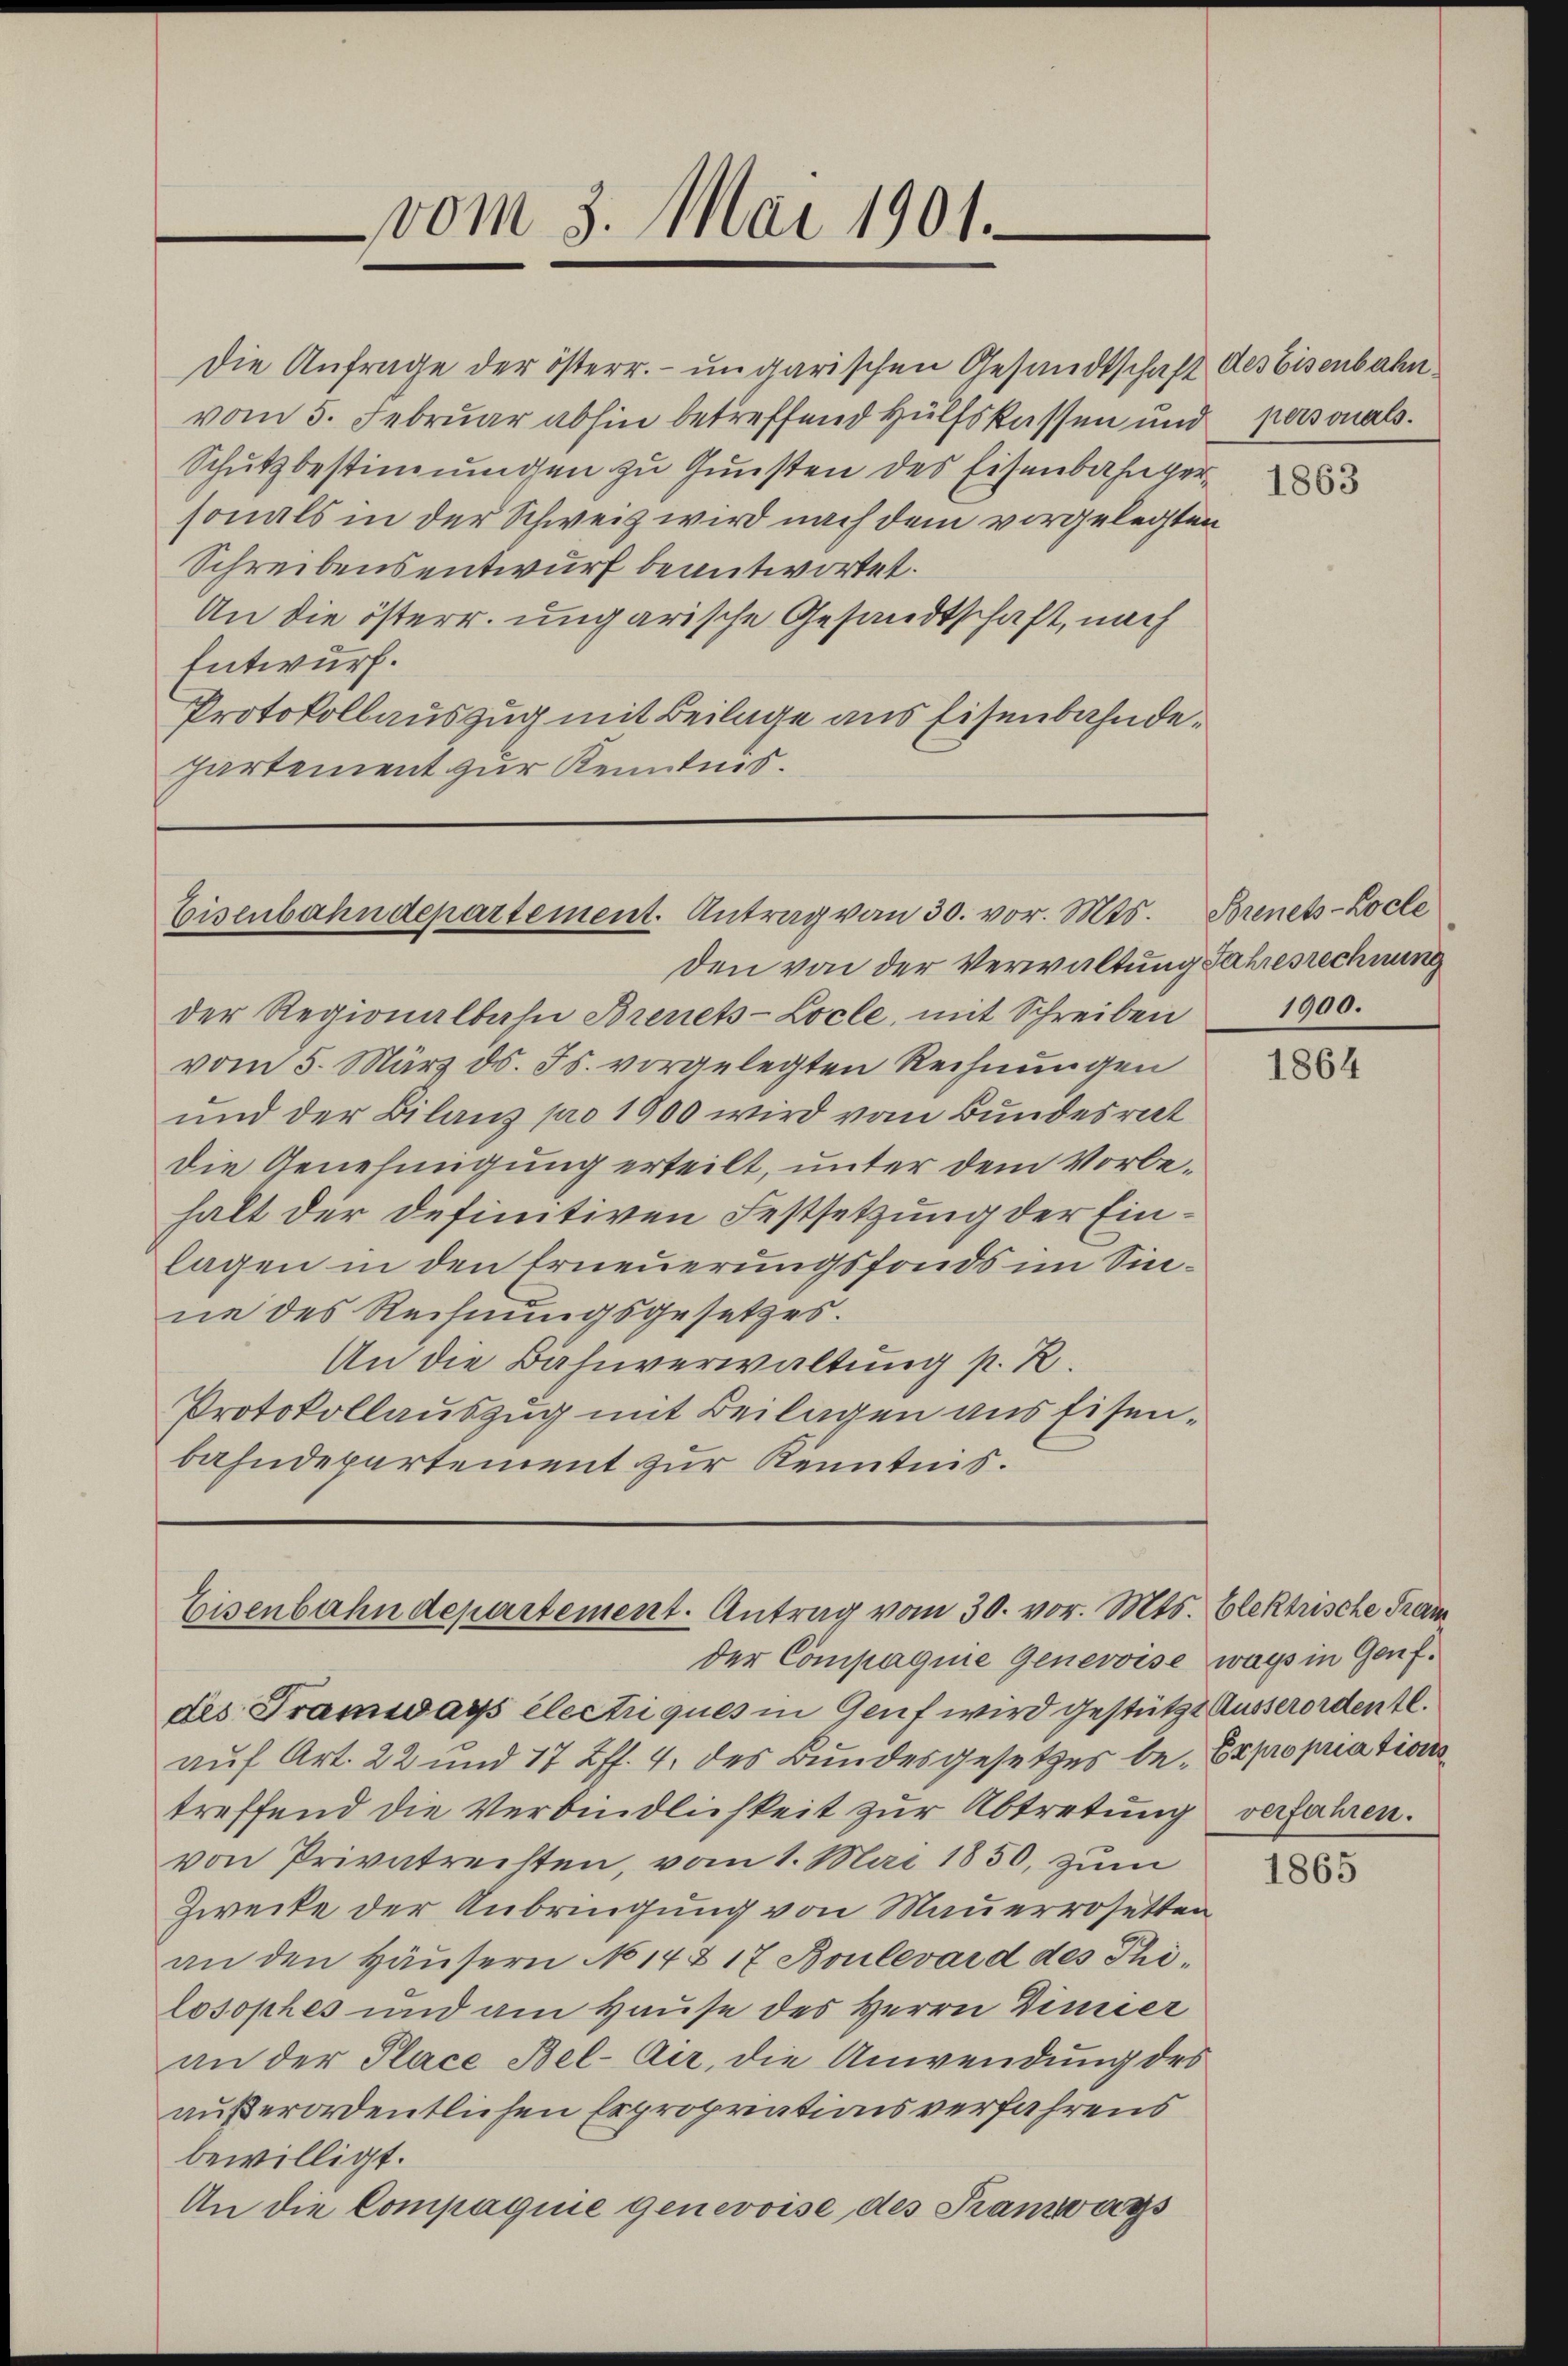
Die Anfrage der österr. ungarischen Gesandtschaft des Eisenbahnvom 5. Februar abhin betreffend Hülfskassen und personals.
Schutzbestimmugen zu Gunsten des Eisenbahnversonals in der Schweiz wird nach dem vorgelegten
Schreibensentwurf beantwortet.
An die österr. ungarische Gesandtschaft, nach
Entwurf.
Protokollauszug mit Beilage aus Eisenbahndepartement zur Kenntnis.

vom 3. Mai 1901.

Eisenbahndepartement. Antrag von 30. vor. Mts.

den von der Verwaltung Jahresrechnung
der Regionalbahn Brenets-Locle, mit Schreiben 1900.
vom 5. März ds. Js. vorgelegten Rechnungen
und der Bilanz pro 1900 wird vom Bundesrat
Die Genehmigung erteilt, unter dem Vorbehalt der definitiven Festsetzung der Einlagen in den Erneuerungsfonds im Sinne des Rechnungsgesetzes.
An die Bahnverwaltung p. R.
Protokollauszug mit Beilagen aus Eisenbahndepartement zur Kenntnis.

Eisenbahndepartement. Antrag vom 30. vor. Mts. Elektrische Tram
der Compagnie Genevoise wegs in Genf.

des Tramways electriques in Genf wird gestützt Ausserordentl.
auf Art. 22 und 17 ff. 4. des Bundesgesetzes be- Expropriationstreffend die Verbindlichkeit zur Abtretung verfahren.
von Privatrechten, vom 1. Mai 1850, zum
Zwecke der Anbringung von Mauerrosetten
an den Häŭsern No 142 17 Boulevard des Philosophes und am Hause des Herrn Dimier
an der Place Bel-Air, die Anwendung des
außerordentlichen Erpropriationsverfahrens
bewilligt.
An die Compagnie genevoise des Tramwags

1863

Borenets-Locle

1864

1865